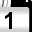
Digit: 1